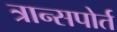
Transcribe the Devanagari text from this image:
त्रान्सपोर्त